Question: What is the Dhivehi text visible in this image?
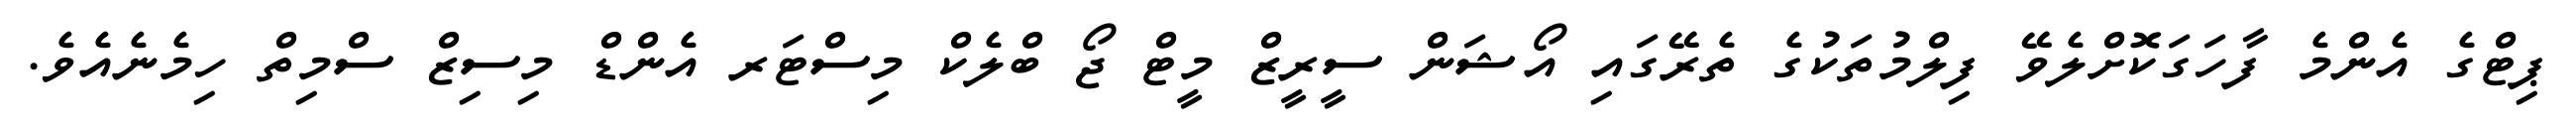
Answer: ޕިޓްގެ އެންމެ ފާހަގަކޮށްލެވޭ ފިލްމުތަކުގެ ތެރޭގައި އޯޝަން ސީރީޒް މީޓް ޖޯ ބްލެކް މިސްޓަރ އެންޑް މިސިޒް ސްމިތް ހިމެނެއެވެ.